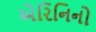
એરિનિનો